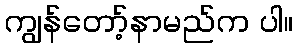
ကျွန်တော့်နာမည်က ပါ။